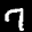
Label: 7